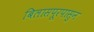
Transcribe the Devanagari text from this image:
बिलासपूरपासुन